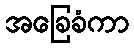
အခြေခံကာ